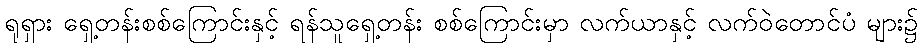
ရုရှား ရှေ့တန်းစစ်ကြောင်းနှင့် ရန်သူရှေ့တန်း စစ်ကြောင်းမှာ လက်ယာနှင့် လက်ဝဲတောင်ပံ များ၌